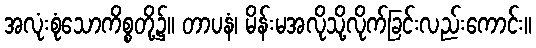
အလုံးစုံသောကိစ္စတို့၌။ တာပနံ၊ မိန်းမအလိုသို့လိုက်ခြင်းလည်းကောင်း။